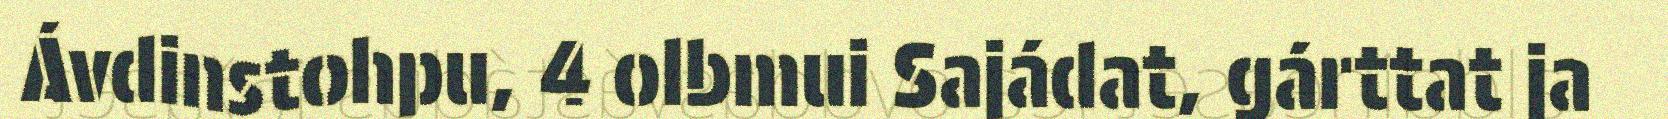
Ávdinstohpu, 4 olbmui Sajádat, gárttat ja